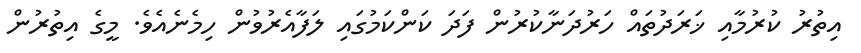
އިތުރު ކުރުމާއި ޚަރަދުތައް ހަރުދަނާކުރުން ފަދަ ކަންކަމުގައި ލަފާއެރުވުން ހިމެނެއެވެ. މީގެ އިތުރުން